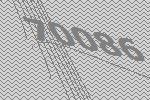
70086